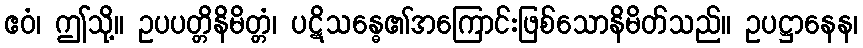
ဧဝံ၊ ဤသို့။ ဥပပတ္တိနိမိတ္တံ၊ ပဋိသန္ဓေ၏အကြောင်းဖြစ်သောနိမိတ်သည်။ ဥပဋ္ဌာနေန၊